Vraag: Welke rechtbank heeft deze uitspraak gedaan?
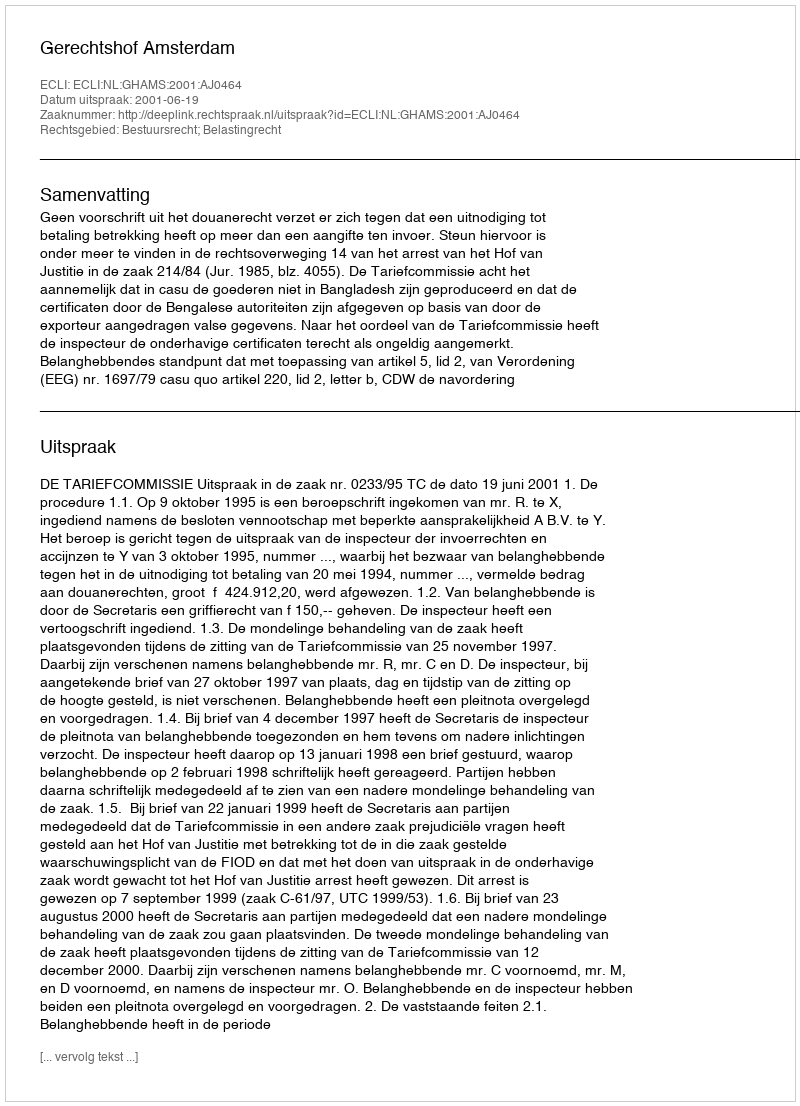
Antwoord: Gerechtshof Amsterdam